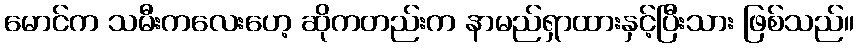
မောင်က သမီးကလေးဟေ့ ဆိုကတည်းက နာမည်ရှာထားနှင့်ပြီးသား ဖြစ်သည်။